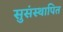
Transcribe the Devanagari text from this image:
सुसंस्थापित